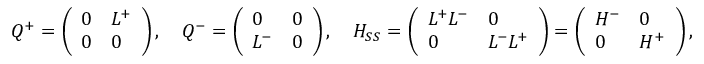
Q ^ { + } = \left( \begin{array} { l l } { 0 } & { L ^ { + } } \\ { 0 } & { 0 } \end{array} \right) , \quad Q ^ { - } = \left( \begin{array} { l l } { 0 } & { 0 } \\ { L ^ { - } } & { 0 } \end{array} \right) , \quad H _ { S S } = \left( \begin{array} { l l } { L ^ { + } L ^ { - } } & { 0 } \\ { 0 } & { L ^ { - } L ^ { + } } \end{array} \right) = \left( \begin{array} { l l } { H ^ { - } } & { 0 } \\ { 0 } & { H ^ { + } } \end{array} \right) ,